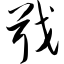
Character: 戢